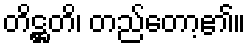
တိဋ္ဌတိ၊ တည်တော့၏။